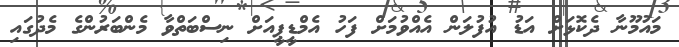
މައުމޫނާ ދެކޮޅަށް އަޑު އުފުލަން އެއްވުމަށް ފަހު އެމްޑީޕީއަށް ނިސްބަތްވާ މެންބަރުންގެ މެދުގައި